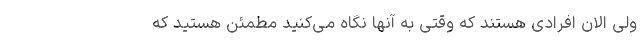
ولی الان افرادی هستند که وقتی به آنها نگاه می‌کنید مطمئن هستید که